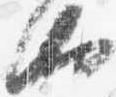
汰